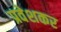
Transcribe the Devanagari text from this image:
प्रवेशकर